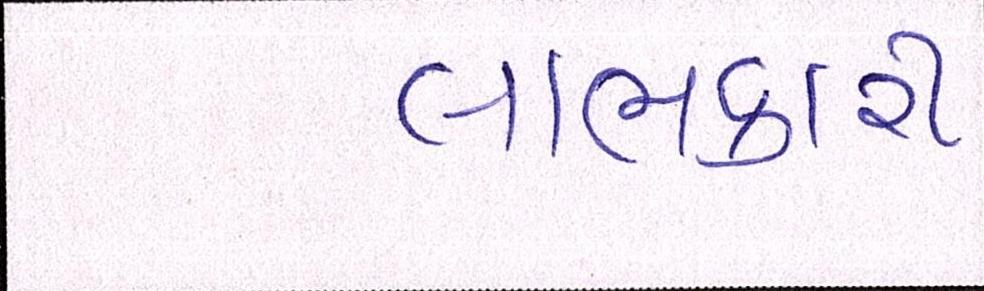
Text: લાભકારી